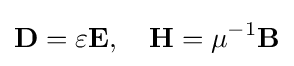
\mathbf {D} =\varepsilon \mathbf {E} ,\quad \mathbf {H} =\mu ^{-1}\mathbf {B}